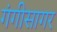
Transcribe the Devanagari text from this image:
गंगीसागर